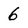
Character: 6